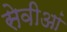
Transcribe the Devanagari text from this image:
सेवीआं